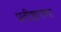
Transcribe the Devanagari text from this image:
प्रतीष्ठापणा